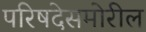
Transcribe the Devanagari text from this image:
परिषदेसमोरील